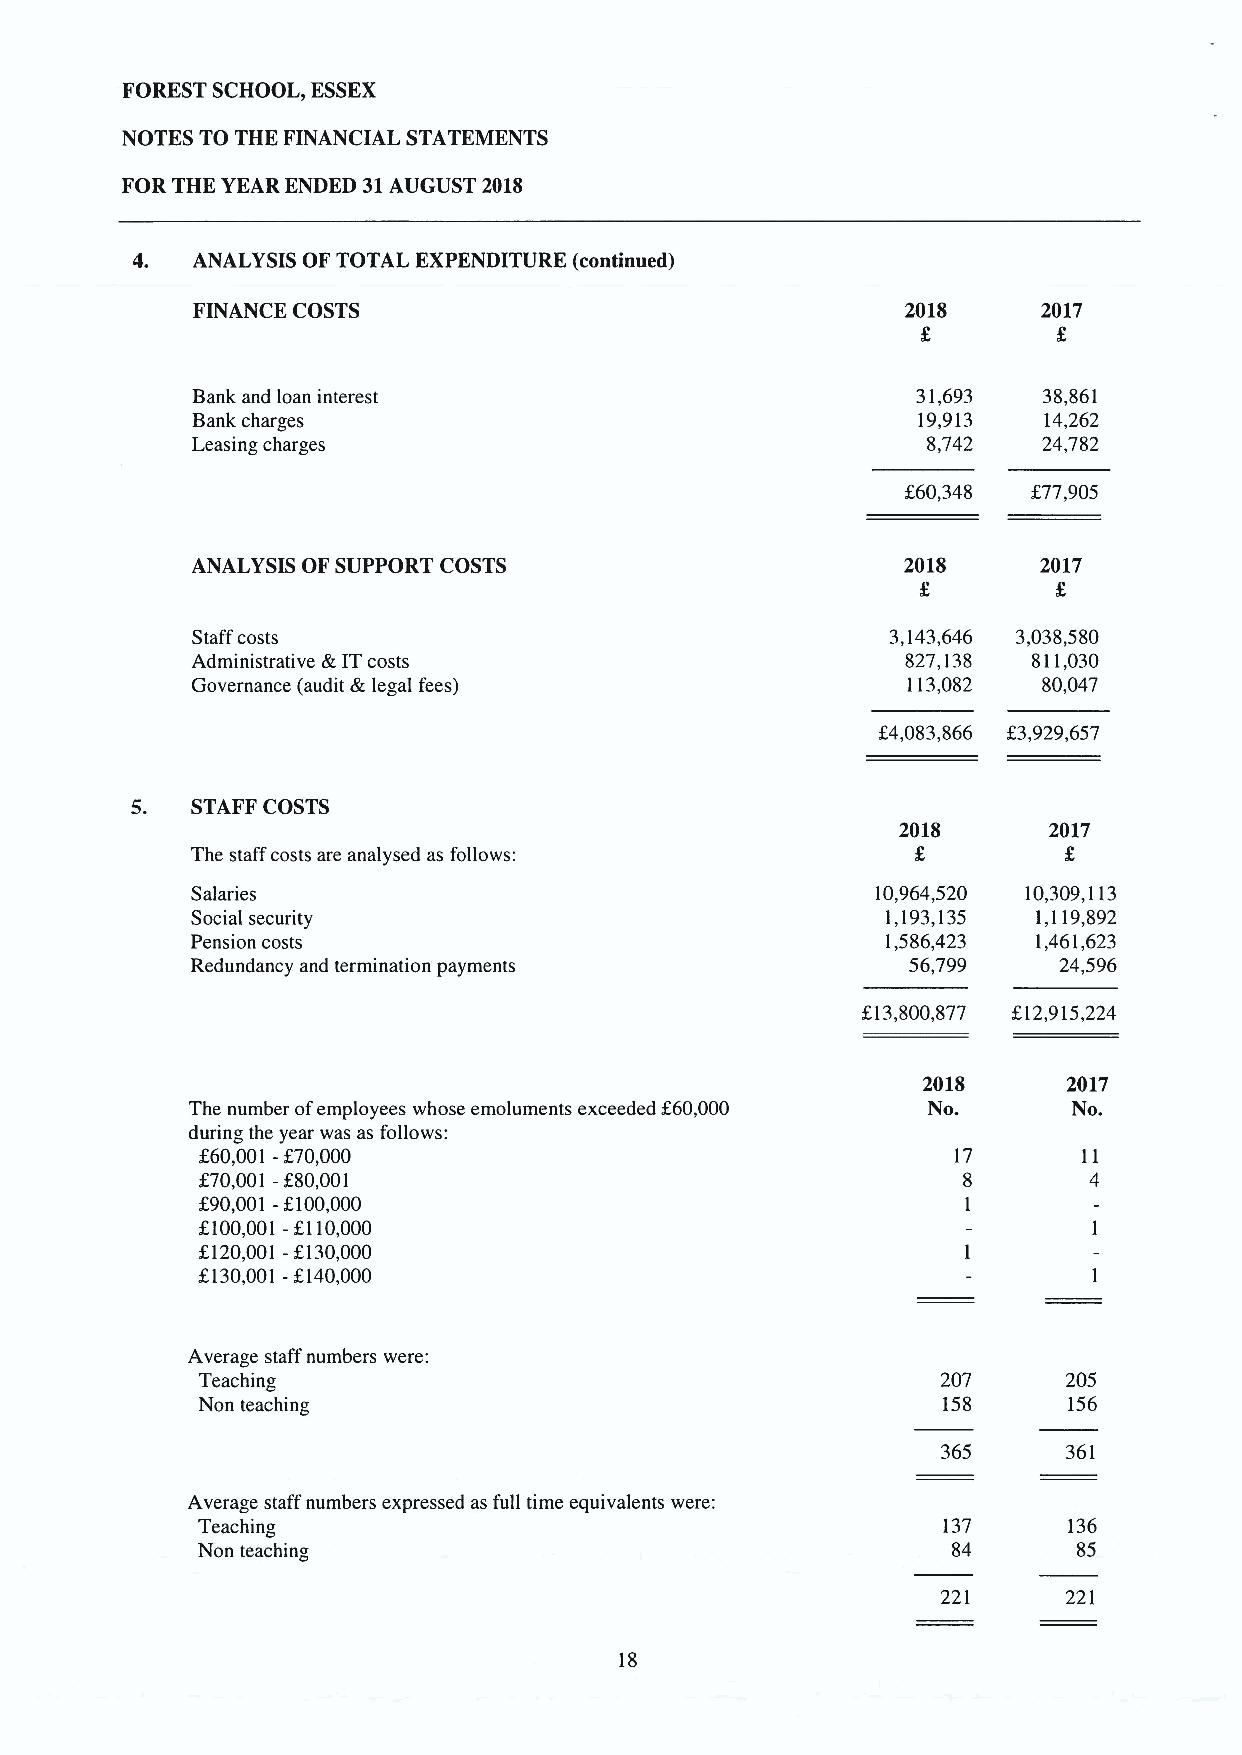
FORESTSCHOOL, ESSEX
 NOTES TO THE FINANCIAL STATEMENTS
 FOR THE YEAR ENDED 31AUGUST 2018
 4.  ANALYSIS OF TOTAL EXPENDITURE (continued)
 FINANCE COSTS                                  2018     2017
 Bank and loan interest                          31,693  38,861
 Bank charges                                    19,913  14,262
 Leasing charges                                 8,742   24,782
 K60,348 f77,905
 ANALYSIS OF SUPPORT COSTS                      2018     2017
 Staff costs                                   3,143,646 3,038,580
 Administrative k ITcosts                       827,138 811,030
 Governance (audit &legal fees)                 113,082  80,047
 f4,083,866 K3,929,657
 5.  STAFF COSTS
 2018     2017
 The staff costs are analysed as follows:
 Salaries                                     10,964,520 10,309,113
 Social security                               1,193,135 1,119,892
 Pension costs                                 1,586,423 1,461,623
 Redundancy and termination payments            56,799    24,596
 f.13,800,877 812,915,224
 2018      2017
 The number ofemployees whose emoluments exceeded f60,000 No. No.
 during the year was as follows:
 f60,001 -f70,000                                  17       11
 f70,001 -880,001                                   8       4
 /90,001 -f,100,000                                 1
 f100,001-f110,000
 f120,001 -f130,000
 f.130,001 —f140,000
 Average staff numbers were:
 Teaching                                         207      205
 Non teaching                                     158      156
 365      361
 Average staff numbers expressed as full time equivalents were:
 Teaching                                         137      136
 Non teaching                                      84      85
 221      221
 18